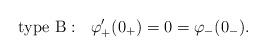
LaTeX: \begin{align*}{\rm type\ B}: ~~ \varphi'_+(0_+)=0=\varphi_-(0_-).\end{align*}